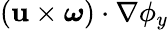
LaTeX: (\mathbf{u}\times\boldsymbol{\omega})\cdot\nabla\phi_{y}